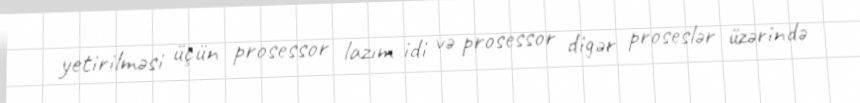
yetirilməsi üçün prosessor lazım idi və prosessor digər proseslər üzərində